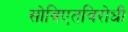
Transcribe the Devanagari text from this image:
सोविएतविरोधी